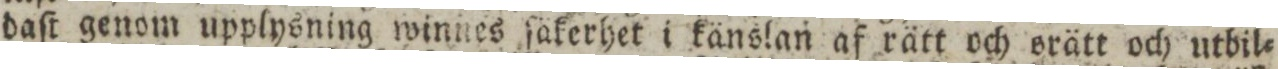
daſt genom upplysning winnes ſäkerhet i känslan af rätt och orätt och utbil=